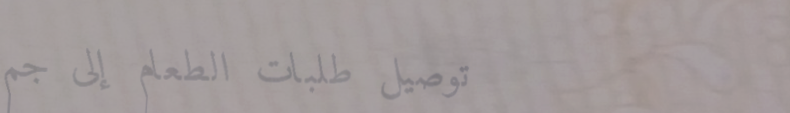
توصيل طلبات الطعام إلى جم